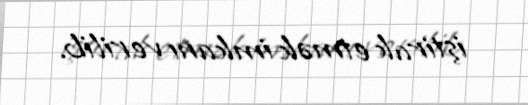
iştirak etmək imkanı verilib.